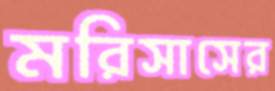
মরিসাসের